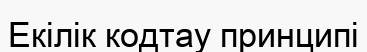
Екілік кодтау принципі